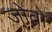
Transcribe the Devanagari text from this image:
जोवो